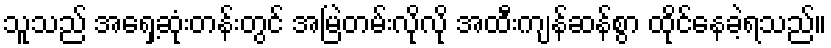
သူသည် အရှေ့ဆုံးတန်းတွင် အမြဲတမ်းလိုလို အထီးကျန်ဆန်စွာ ထိုင်နေခဲ့ရသည်။